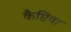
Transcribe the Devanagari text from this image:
कैप्टिवा